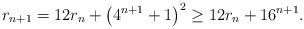
\begin{align*}r_{n+1}=12 r_n + \left(4^{n+1}+1\right)^2 \geq 12 r_n+16^{n+1} .\end{align*}